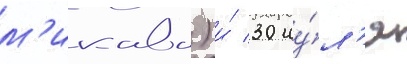
м'икава) и́ 30 иу́л'я